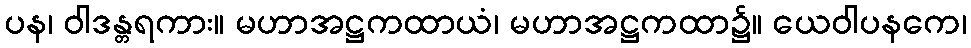
ပန၊ ဝါဒန္တရကား။ မဟာအဋ္ဌကထာယံ၊ မဟာအဋ္ဌကထာ၌။ ယေဝါပနကေ၊